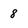
Character: 8